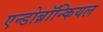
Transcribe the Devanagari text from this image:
एन्डोब्रॉन्कियल